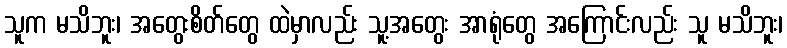
သူက မသိဘူး၊ အတွေးစိတ်တွေ ထဲမှာလည်း သူ့အတွေး အာရုံတွေ အကြောင်းလည်း သူ မသိဘူး၊